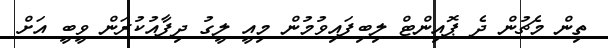
ތިން މެޗުން ދެ ޕޮއިންޓް ލިބިފައިވުމުން މިއީ ލީގު ދިފާއުކުރަން ވީބީ އަށް